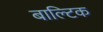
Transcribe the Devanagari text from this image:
बाल्‍टिक